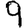
Digit: 9